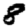
Digit: 8